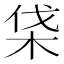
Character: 𣑡